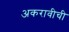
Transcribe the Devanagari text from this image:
अकरावीची